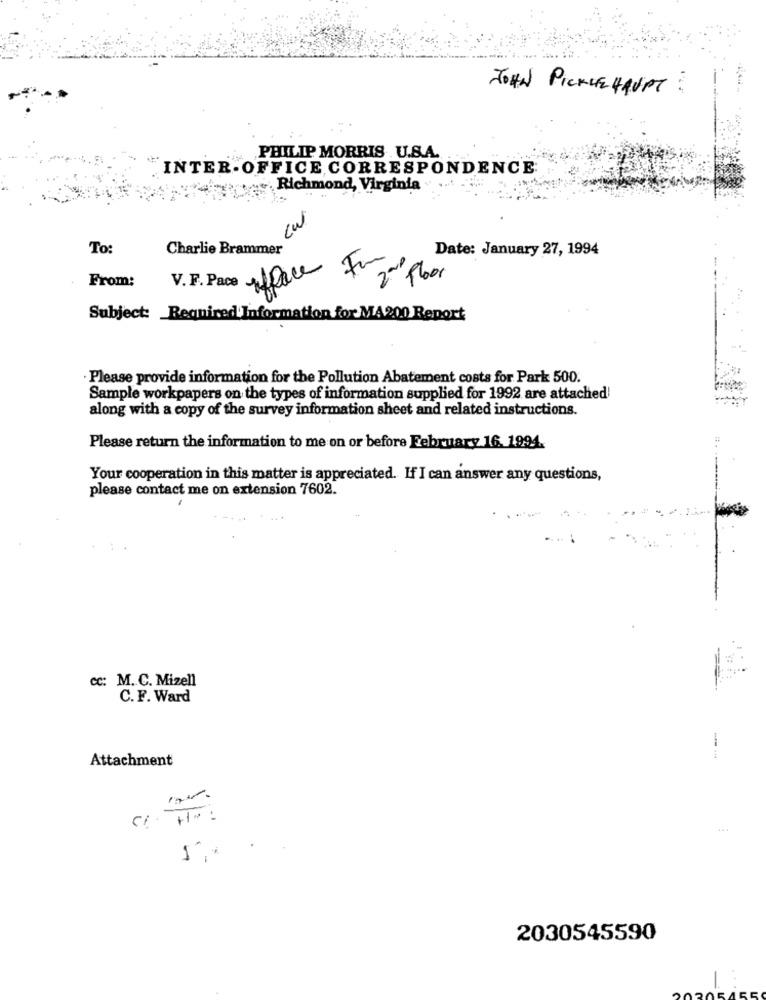
JOHN PICKLE HAUPT:
PHILIP MORRIS U.S.A.
INTER-OFFICE CORRESPONDENCE
... Richmond, Virginia
To:
Charlie Brammer
Date: January 27, 1994
Afface
From:
2nd floor
V. F. Pace
Subject: Required Information for MA200 Report
Please provide information for the Pollution Abatement costs for Park 500.
Sample workpapers on the types of information supplied for 1992 are attached!
along with a copy of the survey information sheet and related instructions.
Please return the information to me on or before February 16. 1994.
Your cooperation in this matter is appreciated. If I can answer any questions,
please contact me on extension 7602.
cc: M. C. Mizell
C. F. Ward
Attachment
:
C/ HP:
2030545590